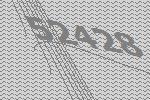
52428